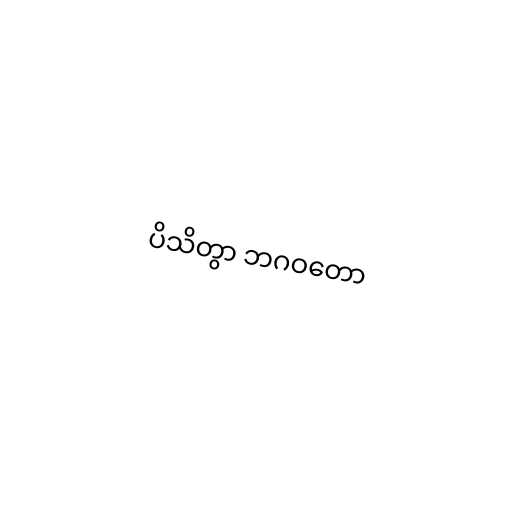
ပိသိတွာ ဘဂဝတော